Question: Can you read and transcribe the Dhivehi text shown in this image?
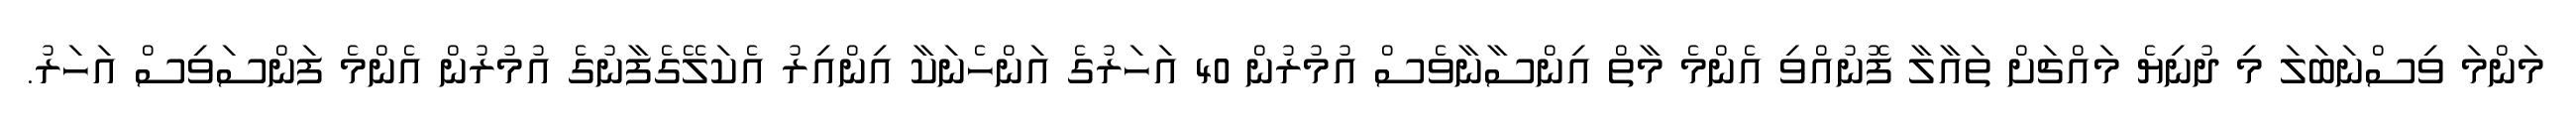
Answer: މަންމަ ވިސްނަބަލަ މި ދުނިޔެ މައްޗަށް ތައާލާ ފޮނުއްވި އެންމެ މާތް އިންސާނާވެސް އުމުރުން 40 އަހަރުގެ އަންހެނަކާ އިންއިރު އެކަލޭގެފާނުގެ އުމުރުން އެންމެ ފަންސަވިސް އަހަރު.